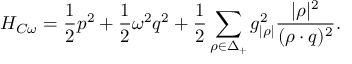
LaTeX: { \cal H } _ { C \omega } = { \frac { 1 } { 2 } } p ^ { 2 } + { \frac { 1 } { 2 } } \omega ^ { 2 } q ^ { 2 } + { \frac { 1 } { 2 } } \sum _ { \rho \in \Delta _ { + } } { g _ { | \rho | } ^ { 2 } } { \frac { | \rho | ^ { 2 } } { ( \rho \cdot q ) ^ { 2 } } } .